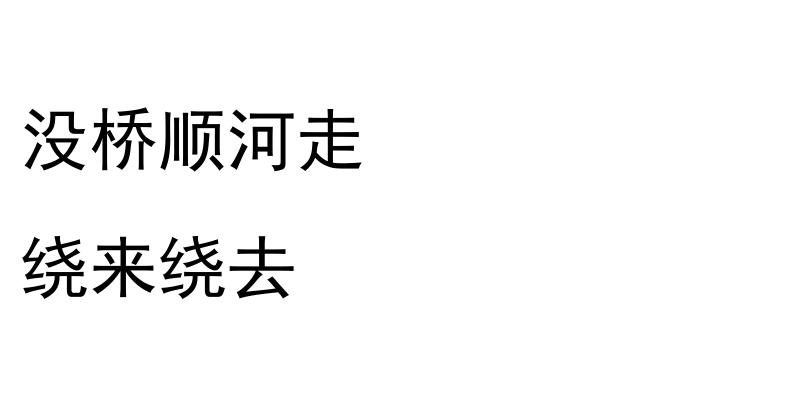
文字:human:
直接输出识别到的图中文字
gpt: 没桥顺河走 绕来绕去